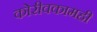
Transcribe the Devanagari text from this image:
कोरीवकामही